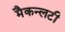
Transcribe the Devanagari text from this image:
मैकन्लटी